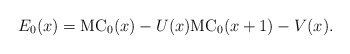
\begin{align*}E_0(x)=\mathrm{MC}_0(x)-U(x)\mathrm{MC}_0(x+1)-V(x).\end{align*}